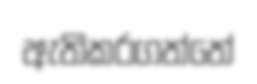
ඇතිකරගත්තේ